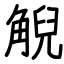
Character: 觬